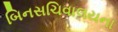
બિનસચિવાલયના